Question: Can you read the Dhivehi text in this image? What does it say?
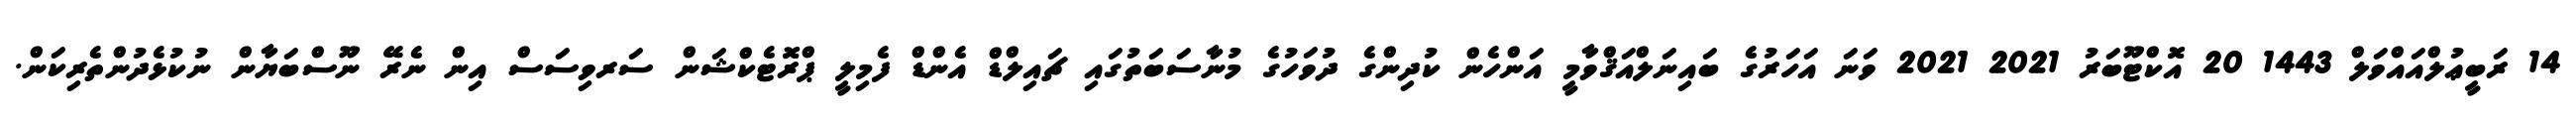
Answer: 14 ރަބީޢުލްއައްވަލް 1443 20 އޮކްޓޫބަރު 2021 2021 ވަނަ އަހަރުގެ ބައިނަލްއަޤްވާމީ އަންހެން ކުދިންގެ ދުވަހުގެ މުނާސަބަތުގައި ޗައިލްޑް އެންޑް ފެމިލީ ޕްރޮޓެކްޝަން ސަރވިސަސް އިން ނެރޭ ނޫސްބަޔާން ނުކުޅެދުންތެރިކަން.